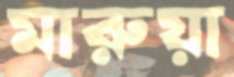
মারুয়া